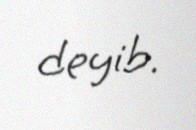
deyib.